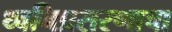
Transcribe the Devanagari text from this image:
ध्वनिप्रसरणाचा